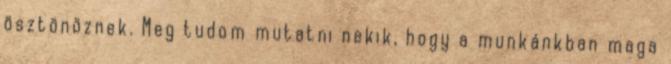
ösztönöznek. Meg tudom mutatni nekik, hogy a munkánkban maga